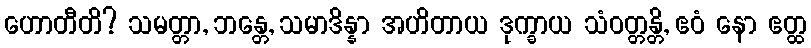
ဟောတီတိ? သမတ္တာ, ဘန္တေ, သမာဒိန္နာ အဟိတာယ ဒုက္ခာယ သံဝတ္တန္တိ, ဧဝံ နော ဧတ္ထ